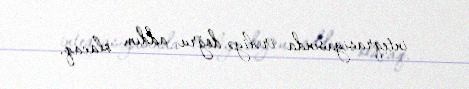
inteqrasiyasında irəliyə doğru addım olacaq.